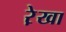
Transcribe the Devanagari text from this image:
रे़खा